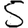
Digit: 5